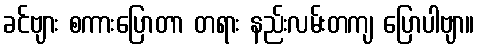
ခင်ဗျား စကားပြောတာ တရား နည်းလမ်းတကျ ပြောပါဗျာ။